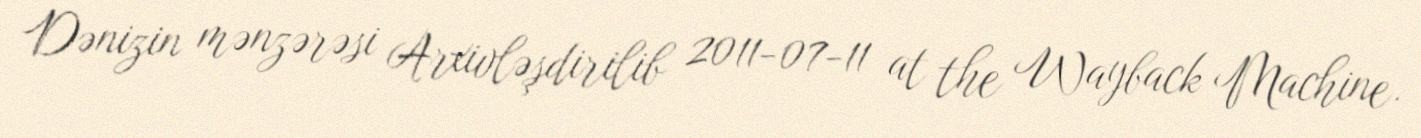
Dənizin mənzərəsi Arxivləşdirilib 2011-07-11 at the Wayback Machine.